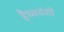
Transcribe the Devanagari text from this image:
हैध्यवंशी